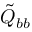
\tilde { Q } _ { b b }